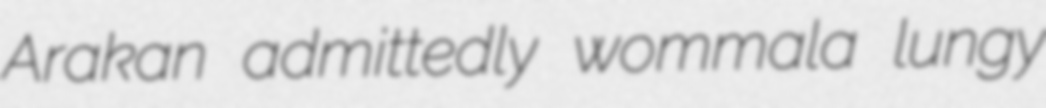
Arakan admittedly wommala lungy